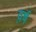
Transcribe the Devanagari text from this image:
व़र्ष